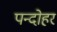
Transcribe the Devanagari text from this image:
पन्दोहर